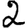
Digit: 2